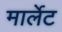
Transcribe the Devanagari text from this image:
मार्लेट